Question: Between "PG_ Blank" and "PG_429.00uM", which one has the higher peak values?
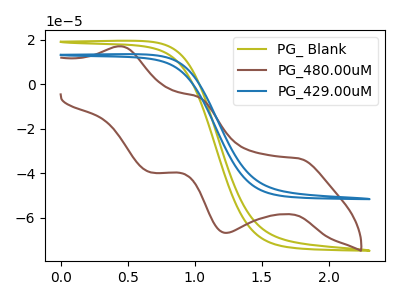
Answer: <think>The olive curve "PG_ Blank" has no peaks. The brown curve "PG_480.00uM" has anodic peaks at (0.45V, 16.90uA) (1.05V, -5.80uA) and cathodic peaks at (1.75V, -33.40uA) (1.25V, -66.85uA) (0.65V, -39.70uA). The blue curve "PG_429.00uM" has no peaks.</think>
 <answer>Niether CV has any peaks.</answer>
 <eval>blanks</eval>